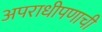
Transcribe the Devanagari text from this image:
अपराधीपणाची